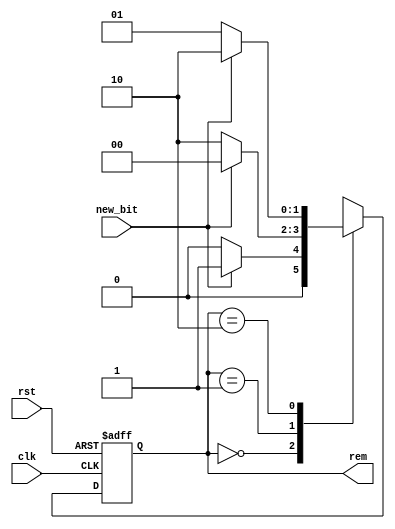
module fsm_3_bits_coming_from_right
(
    input            clk,
    input            rst,
    input            new_bit,
    output reg [1:0] rem
);

    reg [1:0] n_rem;

    always @ (posedge clk or posedge rst)
        if (rst)
            rem <= 0;
        else
            rem <= n_rem;

    always @*
        case (rem)
        2'd0:    n_rem = new_bit ? 2'd1 : 2'd0;
        2'd1:    n_rem = new_bit ? 2'd0 : 2'd2;
        2'd2:    n_rem = new_bit ? 2'd2 : 2'd1;
        default: n_rem = 2'bx;
        endcase

endmodule